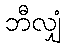
ဘီလျှံ